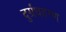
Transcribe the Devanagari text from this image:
दुर्ग्रंधहरण